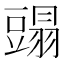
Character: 𧰂